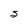
Character: S